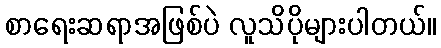
စာရေးဆရာအဖြစ်ပဲ လူသိပိုများပါတယ်။